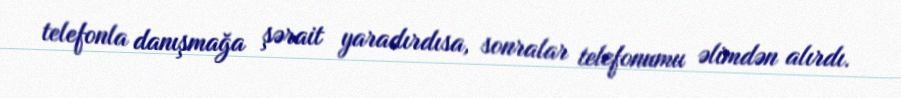
telefonla danışmağa şərait yaradırdısa, sonralar telefonumu əlimdən alırdı.